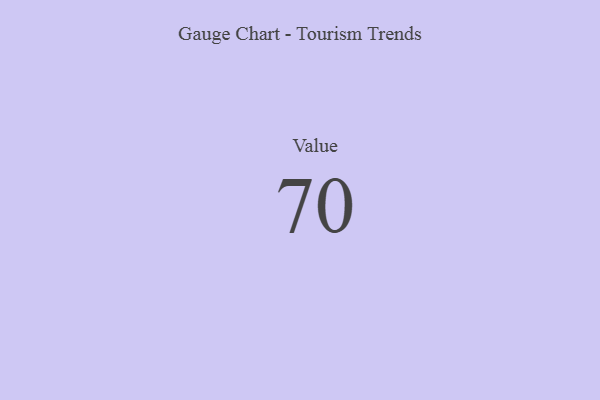
{"axis": {"x": "Metric", "y": "Value"}, "legend": [""], "data": [{"x": "Value", "y": 70, "type": ""}]}